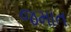
જમાત